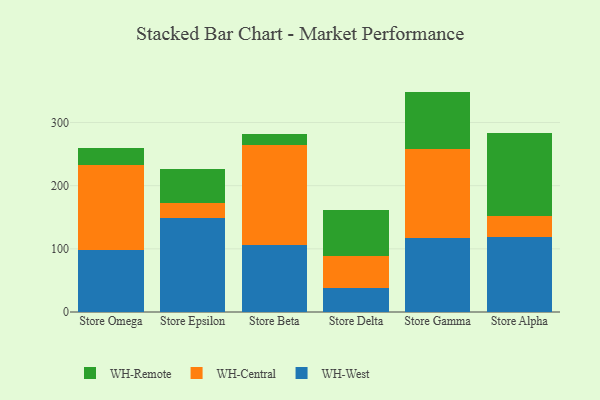
{"axis": {"x": "Store", "y": "Market Share (%)"}, "legend": ["WH-Central", "WH-Remote", "WH-West"], "data": [{"x": "Store Omega", "y": 97.7, "type": "WH-West"}, {"x": "Store Omega", "y": 135.0, "type": "WH-Central"}, {"x": "Store Omega", "y": 26.9, "type": "WH-Remote"}, {"x": "Store Epsilon", "y": 149.5, "type": "WH-West"}, {"x": "Store Epsilon", "y": 22.8, "type": "WH-Central"}, {"x": "Store Epsilon", "y": 54.7, "type": "WH-Remote"}, {"x": "Store Beta", "y": 105.5, "type": "WH-West"}, {"x": "Store Beta", "y": 158.8, "type": "WH-Central"}, {"x": "Store Beta", "y": 17.1, "type": "WH-Remote"}, {"x": "Store Delta", "y": 37.9, "type": "WH-West"}, {"x": "Store Delta", "y": 51.4, "type": "WH-Central"}, {"x": "Store Delta", "y": 72.9, "type": "WH-Remote"}, {"x": "Store Gamma", "y": 117.4, "type": "WH-West"}, {"x": "Store Gamma", "y": 141.2, "type": "WH-Central"}, {"x": "Store Gamma", "y": 90.3, "type": "WH-Remote"}, {"x": "Store Alpha", "y": 119.4, "type": "WH-West"}, {"x": "Store Alpha", "y": 32.0, "type": "WH-Central"}, {"x": "Store Alpha", "y": 131.3, "type": "WH-Remote"}]}